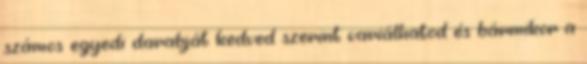
számos egyedi darabját kedved szerint variálhatod és bármikor a